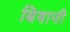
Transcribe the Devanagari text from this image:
बियानी